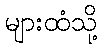
များထံသို့